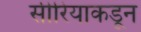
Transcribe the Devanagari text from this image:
सीरियाकडून